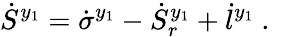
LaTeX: \dot{S}^{y_{1}}=\dot{\sigma}^{y_{1}}-\dot{S}_{r}^{y_{1}}+\dot{l}^{y_{1}}\mathrm{~.~}